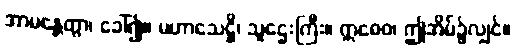
အာမန္တေတွာ၊ ခေါ်၍။ မဟာသေဋ္ဌိ၊ သူဌေးကြီး။ ဣဓေဝ၊ ဤအိမ်၌လျှင်။